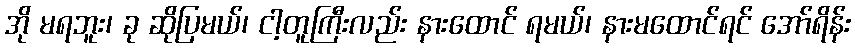
အို မရဘူး၊ ခု ဆိုပြမယ်၊ ငါ့တူကြီးလည်း နားထောင် ရမယ်၊ နားမထောင်ရင် အော်ရိန်း